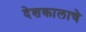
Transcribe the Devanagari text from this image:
देशकालाचे